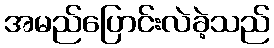
အမည်ပြောင်းလဲခဲ့သည်